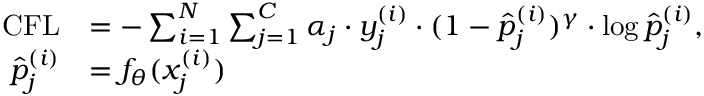
\begin{array} { r l } { \mathrm { C F L } } & { = - \sum _ { i = 1 } ^ { N } \sum _ { j = 1 } ^ { C } \alpha _ { j } \cdot y _ { j } ^ { ( i ) } \cdot ( 1 - \hat { p } _ { j } ^ { ( i ) } ) ^ { \gamma } \cdot \log { \hat { p } _ { j } ^ { ( i ) } } , } \\ { \hat { p } _ { j } ^ { ( i ) } } & { = f _ { \theta } ( x _ { j } ^ { ( i ) } ) } \end{array}